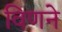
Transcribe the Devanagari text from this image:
विणने